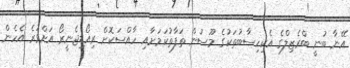
އޭނާ ބުނީ ބްރެޒިލްގެ އެކިހިސާބުތަކުގެ މޫސުން ތަފާތުކަމަށާއި ހާއްސަކޮށް ރިއޯޑިޖެނީރޯ އަށްވުރެ އެހެން